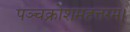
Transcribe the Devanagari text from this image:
पञ्चक्रोशमहत्तरम।